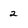
Character: 2